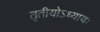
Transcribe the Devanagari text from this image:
तृतीयोऽध्यायः